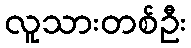
လူသားတစ်ဦး